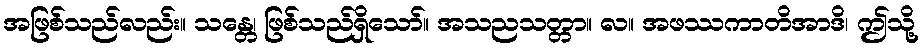
အဖြစ်သည်လည်း။ သန္တေ၊ ဖြစ်သည်ရှိသော်။ အသညသတ္တာ။ လ။ အဖဿကာတိအာဒိ၊ ဤသို့